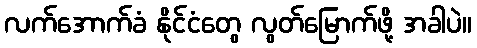
လက်အောက်ခံ နိုင်ငံတွေ လွတ်မြောက်ဖို့ အခါပဲ။